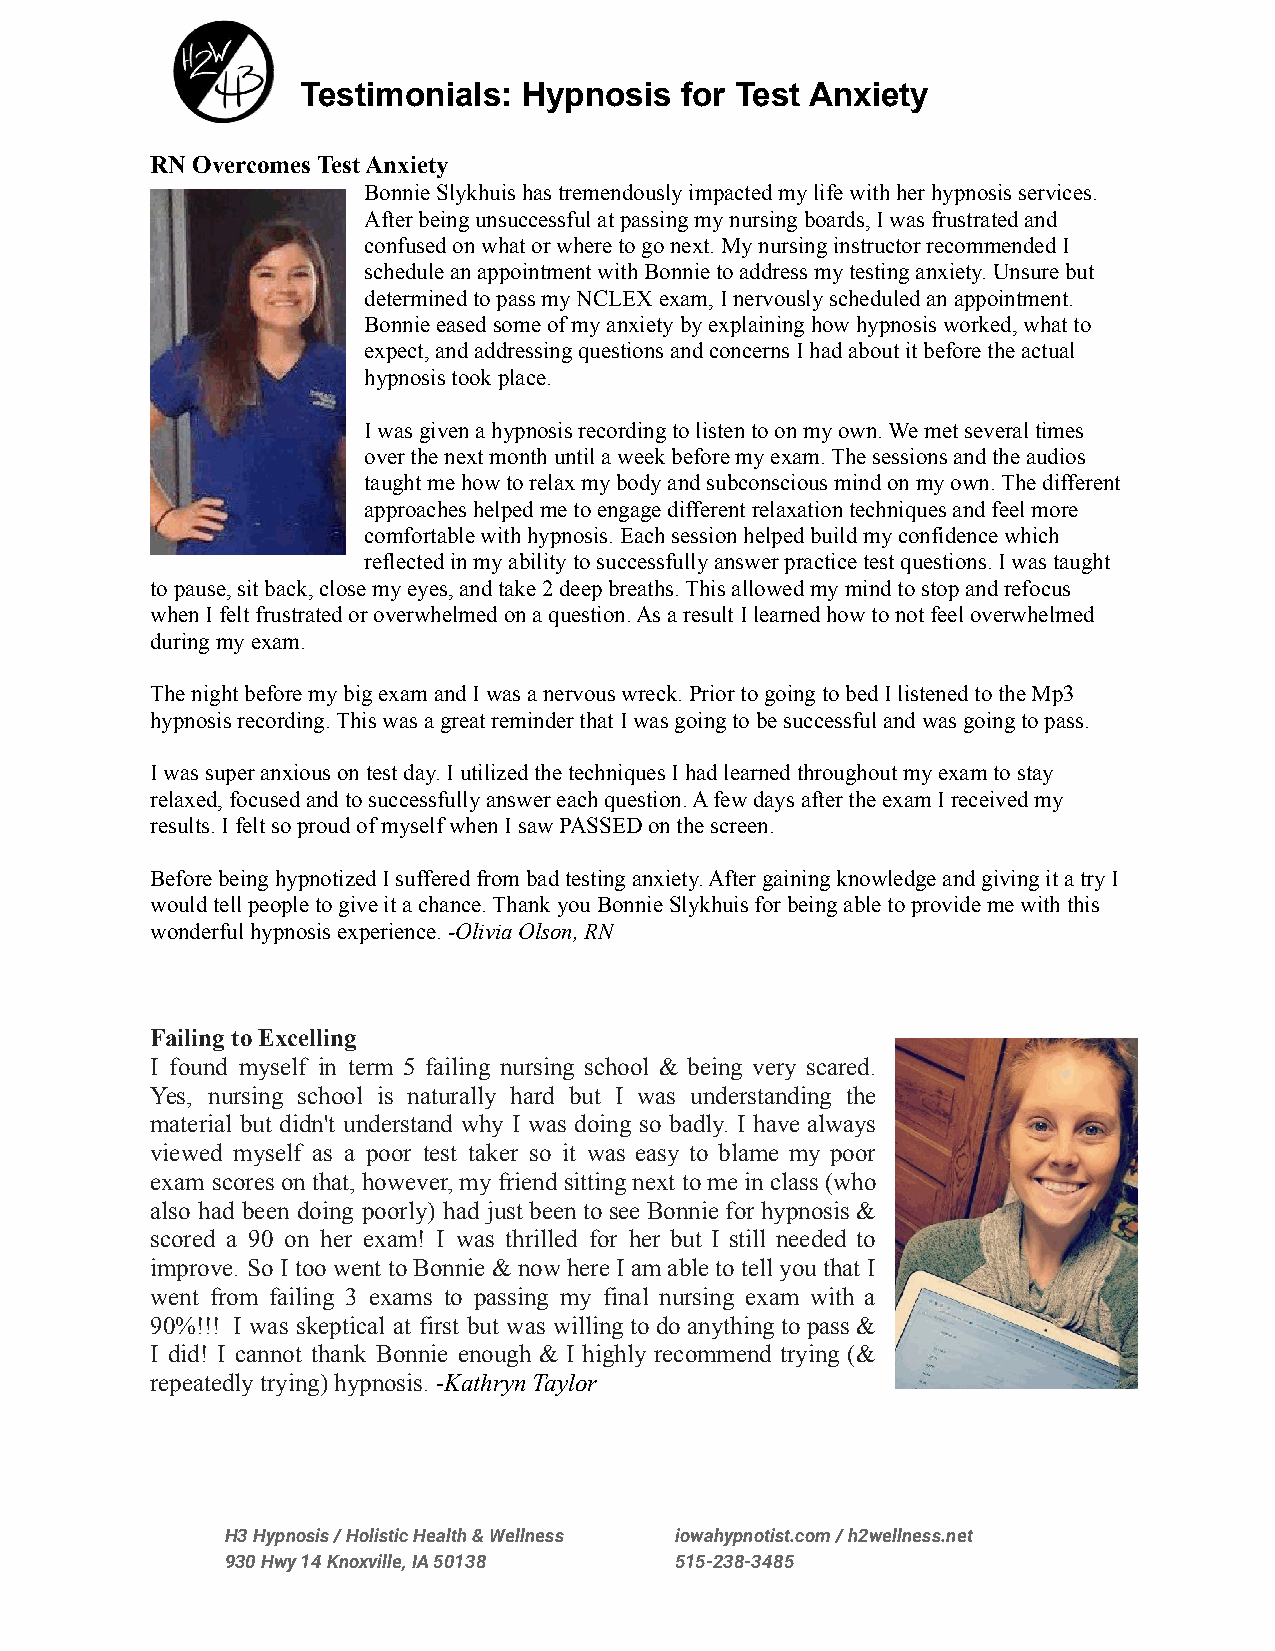
Testimonials:  Hypnosis  for Test Anxiety
 RN Overcomes Test Anxiety
 Bonnie Slykhuis has tremendously impacted my life with her hypnosis services.
 After being unsuccessful at passing my nursing boards, I was frustrated and
 confused on what or where to go next. My nursing instructor recommended I
 schedule an appointment with Bonnie to address my testing anxiety. Unsure but
 determined to pass my NCLEX exam, I nervously scheduled an appointment.
 Bonnie eased some of my anxiety by explaining how hypnosis worked, what to
 expect, and addressing questions and concerns I had about it before the actual
 hypnosis took place.
 I was given a hypnosis recording to listen to on my own. We met several times
 over the next month until a week before my exam. The sessions and the audios
 taught me how to relax my body and subconscious mind on my own. The different
 approaches helped me to engage different relaxation techniques and feel more
 comfortable with hypnosis. Each session helped build my confidence which
 reflected in my ability to successfully answer practice test questions. I was taught
 to pause, sit back, close my eyes, and take 2 deep breaths. This allowed my mind to stop and refocus
 when I felt frustrated or overwhelmed on a question. As a result I learned how to not feel overwhelmed
 during my exam.
 The night before my big exam and I was a nervous wreck. Prior to going to bed I listened to the Mp3
 hypnosis recording. This was a great reminder that I was going to be successful and was going to pass.
 I was super anxious on test day. I utilized the techniques I had learned throughout my exam to stay
 relaxed, focused and to successfully answer each question. A few days after the exam I received my
 results. I felt so proud of myself when I saw PASSED on the screen.
 Before being hypnotized I suffered from bad testing anxiety. After gaining knowledge and giving it a try I
 would tell people to give it a chance. Thank you Bonnie Slykhuis for being able to provide me with this
 wonderful hypnosis experience.-Olivia Olson, RN
 Failing to Excelling
 I found myself in term 5 failing nursing school & being very scared.
 Yes, nursing school is naturally hard but I was understanding the
 material but didn't understand why I was doing so badly. I havealways
 viewed myself as a poor test taker so it was easy to blame my poor
 exam scoresonthat,however,my friendsittingnext tome inclass(who
 also had been doing poorly) had just been tosee Bonniefor hypnosis&
 scored a 90 on her exam! I was thrilled for her but I still needed to
 improve. SoI too wenttoBonnie& nowhereI amable totellyouthat I
 went from failing 3 exams to passing my final nursing exam with a
 90%!!! I was skeptical at first but was willing todoanything topass &
 I did! I cannot thank Bonnie enough & I highly recommend trying (&
 repeatedly trying) hypnosis. -Kathryn Taylor
 H3 Hypnosis / Holistic Health & Wellness iowahypnotist.com / h2wellness.net
 930 Hwy 14 Knoxville, IA 50138 515-238-3485